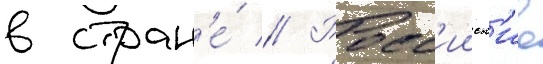
в стран'е́ // Росс'ииск'ие